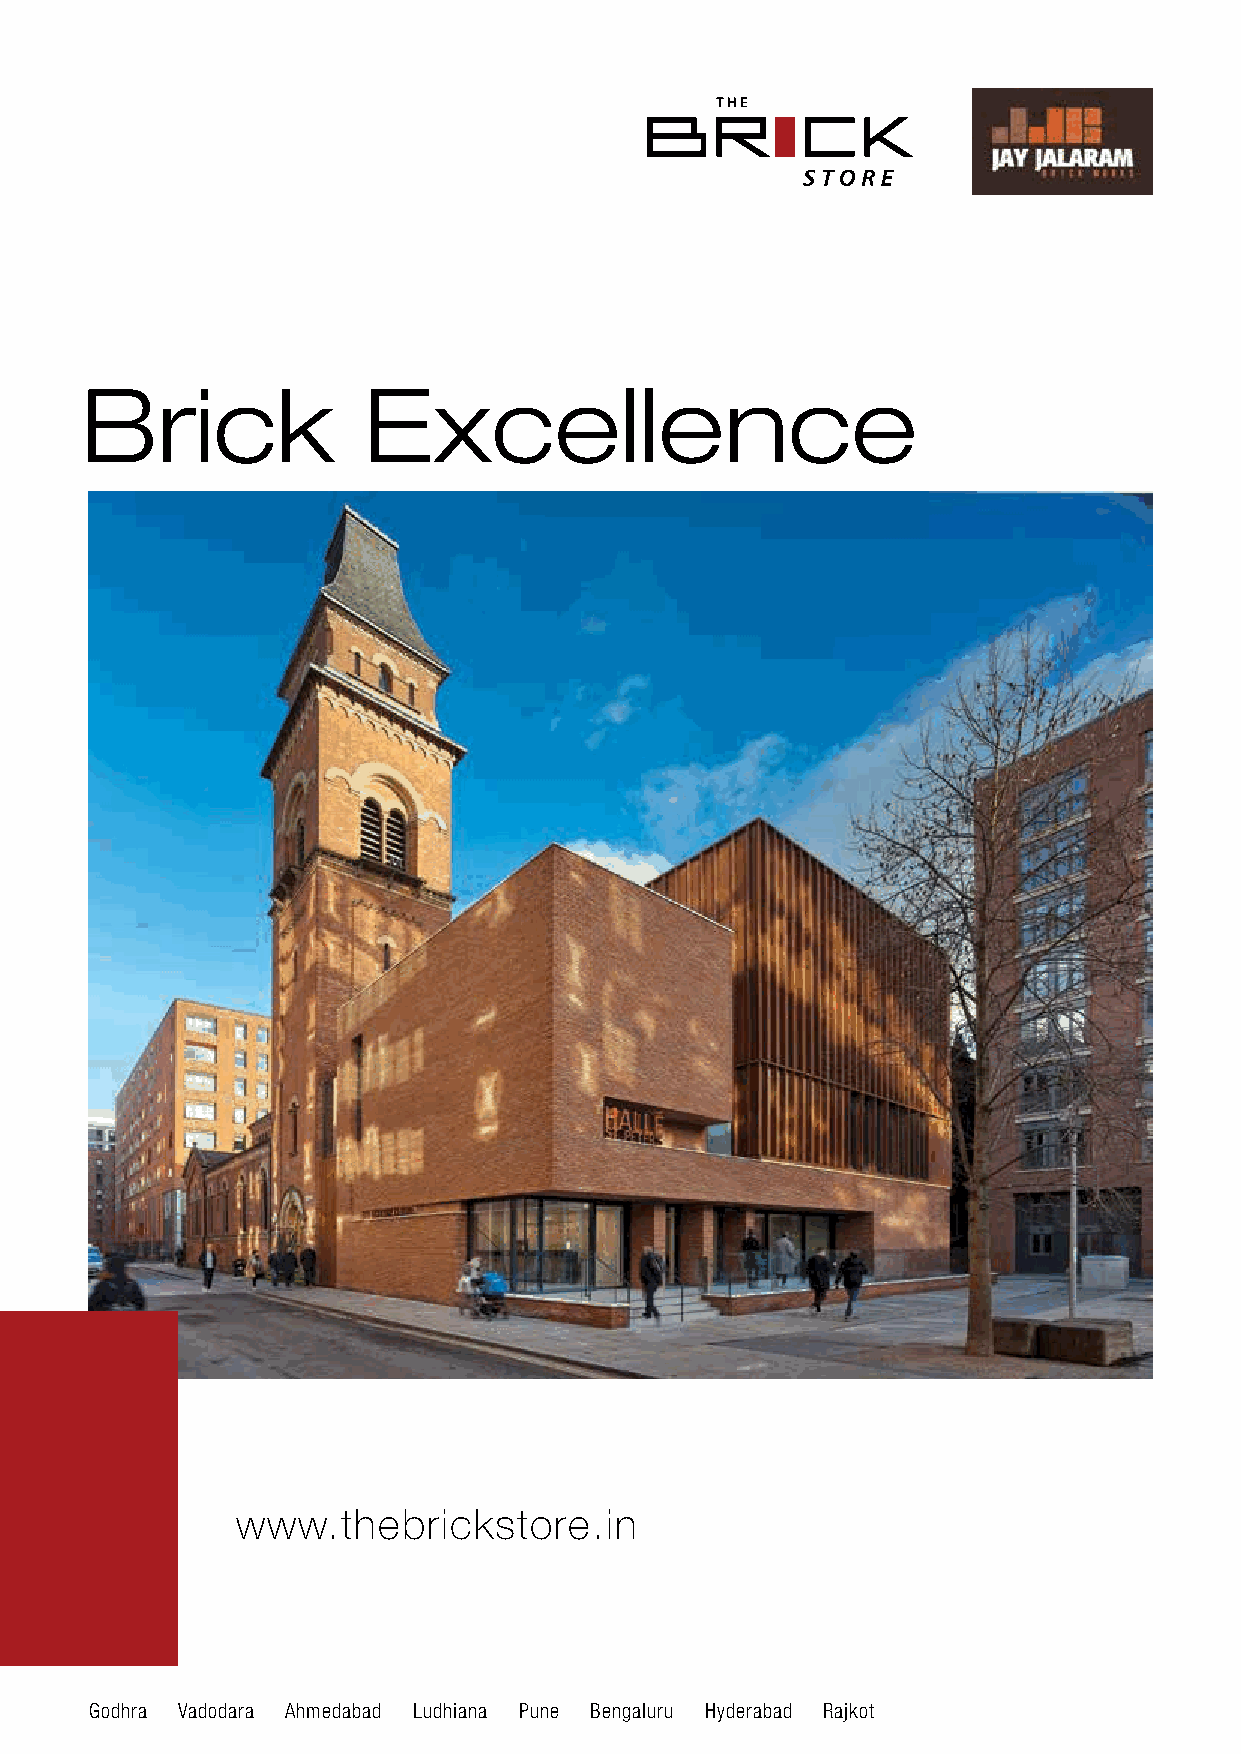
Brick              Excellence
 www.thebrickstore.in
 Godhra Vadodara Ahmedabad Ludhiana Pune Bengaluru Hyderabad Rajkot